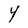
Character: Y